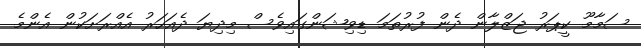
ސަމާމޫ ކީޕަރު ޖަޒްލާން ދެން ފުރުތަމަ ޑިވިޝަންގައިވެސް މިދިޔަ ދެއަހަރު އެއްރަށަކުން އެންމެ